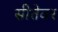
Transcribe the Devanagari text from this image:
सीतेवर